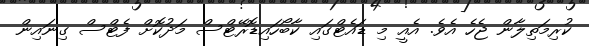
ކުރިމަތިލާން ޖެހެ އެވެ. އެއީ މި ޑައެޓްގައި ކާބޯހައިޑޮރޭޓްސް މަދުކޮށް ފެޓްސް ގިނައިން